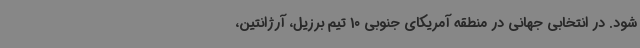
شود. در انتخابی جهانی در منطقه آمریکای جنوبی 10 تیم برزیل، آرژانتین،